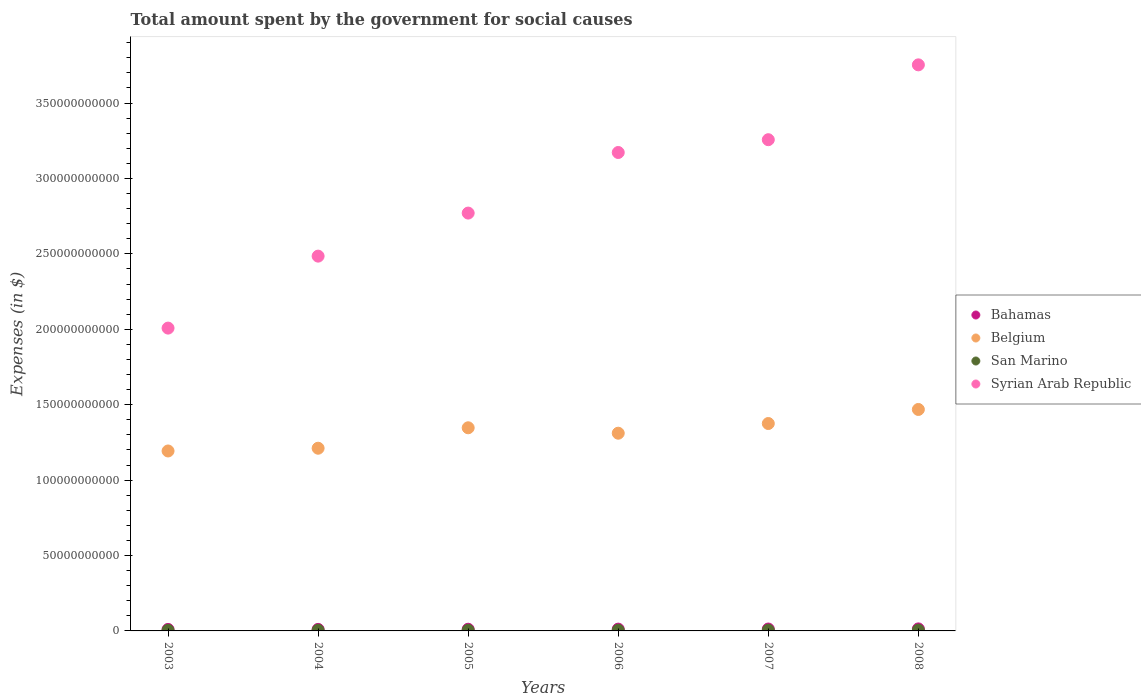
| Years | Bahamas | Belgium | San Marino | Syrian Arab Republic |
 | --- | --- | --- | --- | --- |
 | 2003 | 9.99e+08 | 1.19e+11 | 4.07e+08 | 2.01e+11 |
 | 2004 | 1.02e+09 | 1.21e+11 | 4.59e+08 | 2.48e+11 |
 | 2005 | 1.12e+09 | 1.35e+11 | 4.33e+08 | 2.77e+11 |
 | 2006 | 1.19e+09 | 1.31e+11 | 4.46e+08 | 3.17e+11 |
 | 2007 | 1.26e+09 | 1.38e+11 | 4.86e+08 | 3.26e+11 |
 | 2008 | 1.34e+09 | 1.47e+11 | 5.02e+08 | 3.75e+11 |